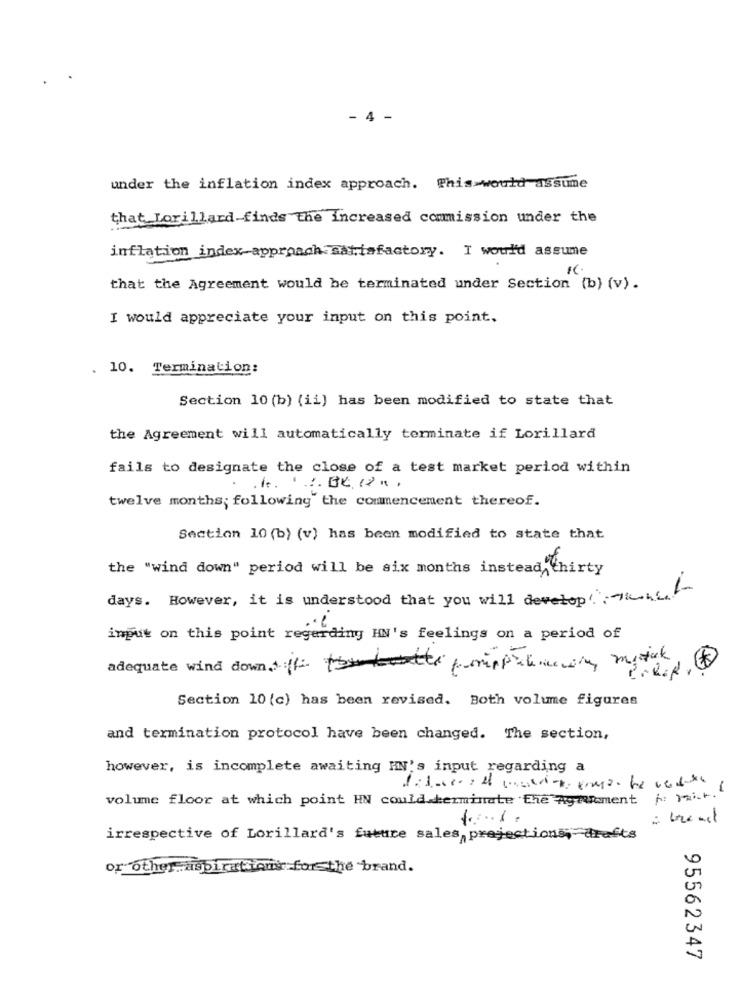
- 4 -
under the inflation index approach. This would assume
that Lorillard-finds the Increased commission under the
inflation index-approach satisfactory. I would assume
that the Agreement would be terminated under Section (b) (v).
I would appreciate your input on this point.
. 10. Termination:
Section 10 (b) (ii) has been modified to state that
the Agreement will automatically terminate if Lorillard
fails to designate the close of a test market period within
. it. "
twelve months; following the commencement thereof.
Section 10 (b) (v) has been modified to state that
the "wind down" period will be six months instead thirty
days. However, it is understood that you will develop .: kne-
input on this point regarding HN's feelings on a period of
adequate wind down,sff: tomates /minprelimin mytak
Section 10 (c) has been revised. Both volume figures
and termination protocol have been changed. The section,
however, is incomplete awaiting IN's input regarding a
volume floor at which point HN could terminate the Agreement ; yait.
irrespective of Lorillard's future sales projections, drafts
or other aspirations for the brand.
95562347